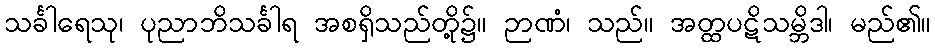
သင်္ခါရေသု၊ ပုညာဘိသင်္ခါရ အစရှိသည်တို့၌။ ဉာဏံ၊ သည်။ အတ္ထပဋိသမ္ဘိဒါ၊ မည်၏။